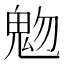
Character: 𩲐